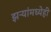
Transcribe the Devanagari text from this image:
झऱ्यांमध्येही